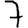
Digit: 7